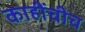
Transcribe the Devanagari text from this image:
काहींचीच